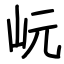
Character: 岏